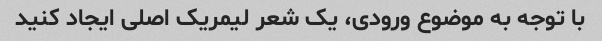
با توجه به موضوع ورودی، یک شعر لیمریک اصلی ایجاد کنید